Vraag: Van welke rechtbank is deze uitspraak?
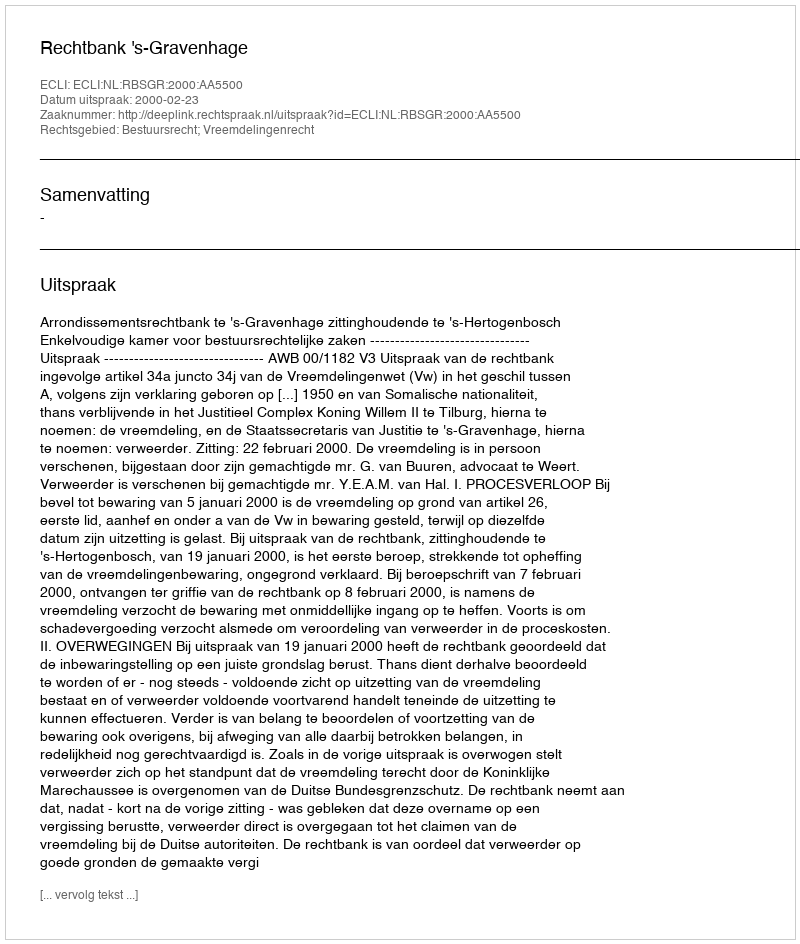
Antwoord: Rechtbank 's-Gravenhage